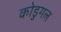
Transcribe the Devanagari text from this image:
कोडुगल